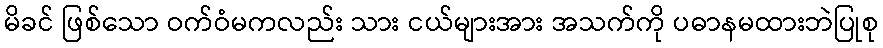
မိခင် ဖြစ်သော ဝက်ဝံမကလည်း သား ငယ်များအား အသက်ကို ပဓာနမထားဘဲပြုစု